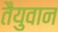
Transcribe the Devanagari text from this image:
तैयुवान